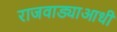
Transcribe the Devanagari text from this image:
राजवाड्याआधी